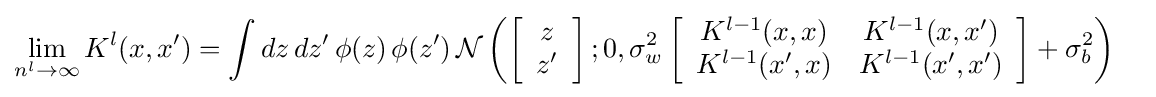
{\begin{aligned}\lim _{n^{l}\rightarrow \infty }K^{l}(x,x')&=\int dz\,dz'\,\phi (z)\,\phi (z')\,{\mathcal {N}}\left(\left[{\begin{array}{c}z\\z'\end{array}}\right];0,\sigma _{w}^{2}\left[{\begin{array}{cc}K^{l-1}(x,x)&K^{l-1}(x,x')\\K^{l-1}(x',x)&K^{l-1}(x',x')\end{array}}\right]+\sigma _{b}^{2}\right)\end{aligned}}